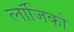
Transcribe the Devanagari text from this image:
लॉजिको